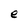
Character: e